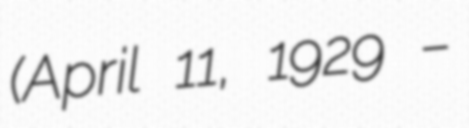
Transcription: (April 11, 1929 –